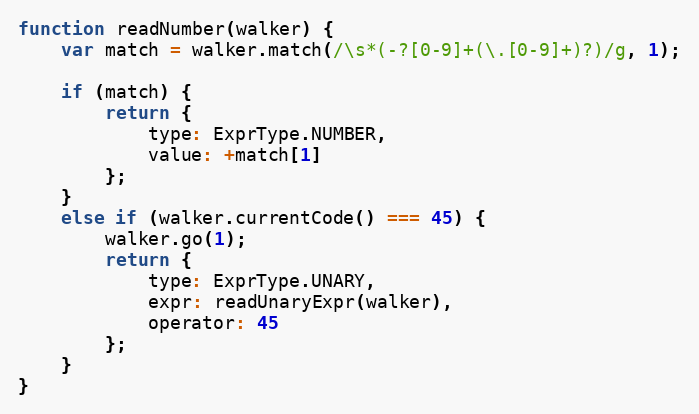
Language: JavaScript
function readNumber(walker) {
    var match = walker.match(/\s*(-?[0-9]+(\.[0-9]+)?)/g, 1);

    if (match) {
        return {
            type: ExprType.NUMBER,
            value: +match[1]
        };
    }
    else if (walker.currentCode() === 45) {
        walker.go(1);
        return {
            type: ExprType.UNARY,
            expr: readUnaryExpr(walker),
            operator: 45
        };
    }
}